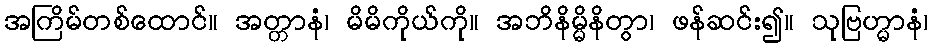
အကြိမ်တစ်ထောင်။ အတ္တာနံ၊ မိမိကိုယ်ကို။ အဘိနိမ္မိနိတွာ၊ ဖန်ဆင်း၍။ သုဗြဟ္မာနံ၊